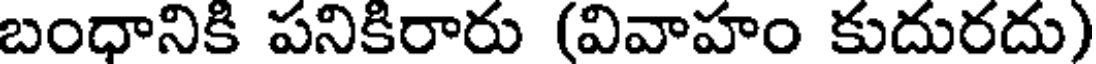
బంధానికి పనికిరారు (వివాహం కుదురదు)